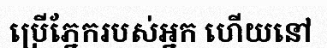
ប្រើភ្នែករបស់អ្នក ហើយនៅ